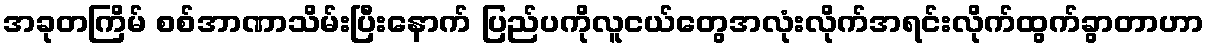
အခုတကြိမ် စစ်အာဏာသိမ်းပြီးနောက် ပြည်ပကိုလူငယ်တွေအလုံးလိုက်အရင်းလိုက်ထွက်ခွာတာဟာ